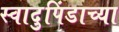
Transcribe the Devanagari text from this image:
स्वादुपिंडाच्या